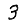
Digit: 3